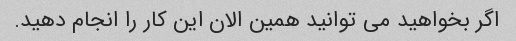
اگر بخواهید می توانید همین الان این کار را انجام دهید.